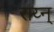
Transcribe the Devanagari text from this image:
राय्न्